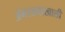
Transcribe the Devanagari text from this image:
अंगरख्याखाली